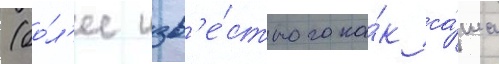
(бо́л'ее изв'е́стного ка́к са́ша